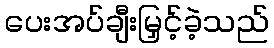
ပေးအပ်ချီးမြှင့်ခဲ့သည်